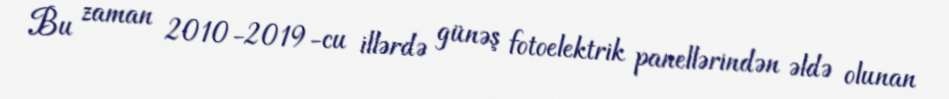
Bu zaman 2010-2019-cu illərdə günəş fotoelektrik panellərindən əldə olunan